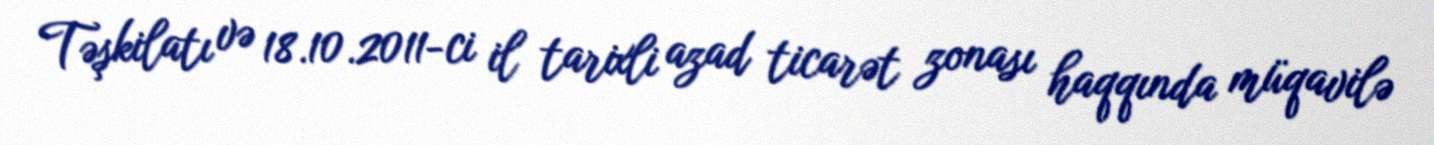
Təşkilatı və 18.10.2011-ci il tarixli azad ticarət zonası haqqında müqavilə